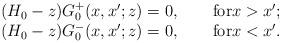
LaTeX: \begin{align*}\begin{array}{l}(H_0-z)G_0^+(x,x';z)=0,\qquad\mbox{for}x>x';\\(H_0-z)G_0^-(x,x';z)=0,\qquad\mbox{for}x<x'.\end{array}\end{align*}